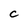
Character: C